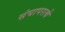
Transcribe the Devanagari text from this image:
संघापरत्वे